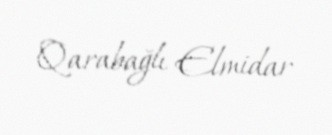
Qarabağlı Elmidar